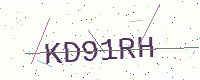
Text: KD91RH